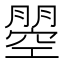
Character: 𭩇